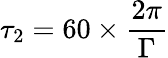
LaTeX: \tau_{2}=60\times\frac{2\pi}{\Gamma}